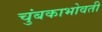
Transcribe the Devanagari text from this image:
चुंबकाभोवती